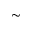
\sim